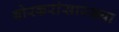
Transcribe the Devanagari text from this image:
बोरकरांसारख्या